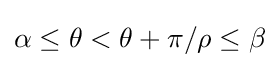
\alpha \leq \theta <\theta +\pi /\rho \leq \beta